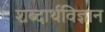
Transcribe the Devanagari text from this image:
शब्दार्थविज्ञान